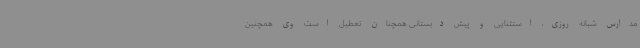
مدارس شبانه روزی، استثنایی و پیش دبستانی همچنان تعطیل است وی همچنین